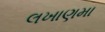
લખાણમા